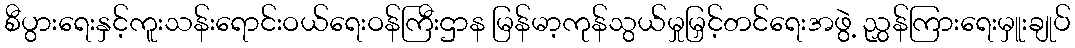
စီပွားရေးနှင့်ကူးသန်းရောင်းဝယ်ရေးဝန်ကြီးဌာန မြန်မာ့ကုန်သွယ်မှုမြှင့်တင်ရေးအဖွဲ့ ညွှန်ကြားရေးမှူးချုပ်